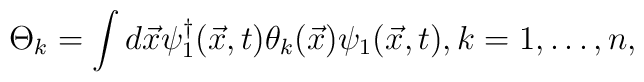
\Theta_{k} = \int d\vec{x} \psi_{1}^{\dag} (\vec{x},t) \theta_{k} (\vec{x})                           \psi_{1}(\vec{x},t), k=1,\ldots,n,